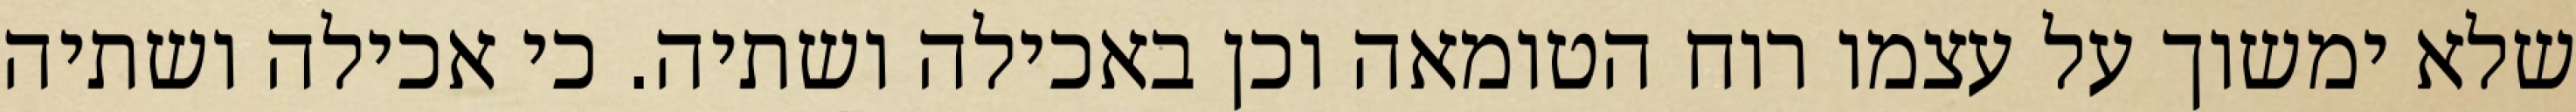
שלא ימשוך על עצמו רוח הטומאה וכן באכילה ושתיה. כי אכילה ושתיה